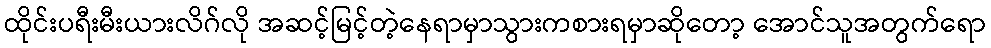
ထိုင်းပရီးမီးယားလိဂ်လို အဆင့်မြင့်တဲ့နေရာမှာသွားကစားရမှာဆိုတော့ အောင်သူအတွက်ရော